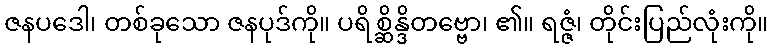
ဇနပဒေါ၊ တစ်ခုသော ဇနပုဒ်ကို။ ပရိစ္ဆိန္ဒိတဗ္ဗော၊ ၏။ ရဇ္ဇံ၊ တိုင်းပြည်လုံးကို။